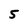
Character: 5